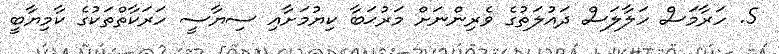
5. ހަރާމަސް ހަލާލަސް ދައުލަތުގެ ވެރިންނަށް މަރުޙަބާ ކިޔުމަށާއި ސިޔާސީ ހަރަކާތްތަކުގެ ކާމިޔާބީ